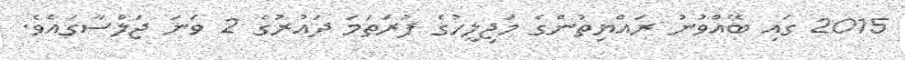
2015 ގައި ބޭއްވުނު ރައްޔިތުންގެ މަޖިލީހުގެ ފުރަތަމަ ދައުރުގެ 2 ވަނަ ޖަލްސާގައެވެ.